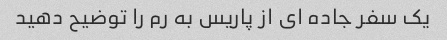
یک سفر جاده ای از پاریس به رم را توضیح دهید